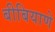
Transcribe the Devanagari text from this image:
बीबियाणे